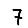
Digit: 7